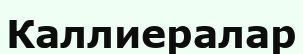
Каллиералар